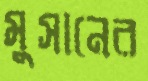
মুসানের